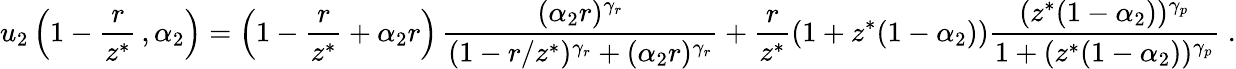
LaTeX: u_{2}\left(1-\frac{r}{z^{*}}\, ,\alpha_{2}\right)=\left(1-\frac{r}{z^{*}}+\alpha_{2}r\right)\, \frac{(\alpha_{2}r)^{\gamma_{r}}}{(1-r/z^{*})^{\gamma_{r}}+(\alpha_{2}r)^{\gamma_{r}}}+\frac{r}{z^{*}}(1+z^{*}(1-\alpha_{2}))\frac{(z^{*}(1-\alpha_{2}))^{\gamma_{p}}}{1+(z^{*}(1-\alpha_{2}))^{\gamma_{p}}}\; .